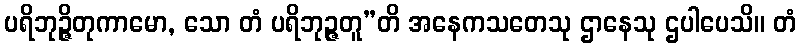
ပရိဘုဉ္ဇိတုကာမော, သော တံ ပရိဘုဉ္ဇတူ”တိ အနေကသတေသု ဌာနေသု ဌပါပေသိ။ တံ